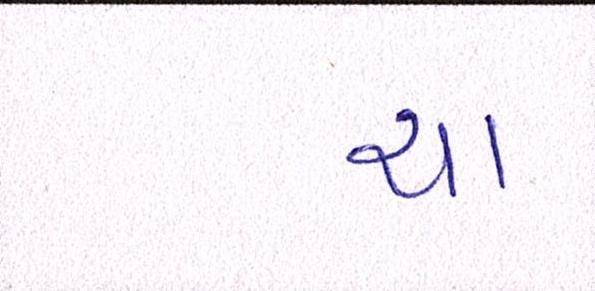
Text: યા